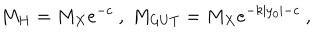
M _ { H } = M _ { X } e ^ { - c } ~ , ~ M _ { G U T } = M _ { X } e ^ { - k | y _ { 0 } | - c } ~ , ~ \,